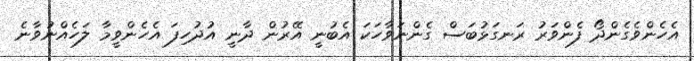
އެހެންވެގެންދޯ ފެންވަރު ރަނގަޅުބަސް ގެންނަވާހަކަ އެބުނީ އޭރުން ދާނީ އުދުހިފަ އެހެންވީމާ ލަހެއްނުވާނެ